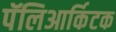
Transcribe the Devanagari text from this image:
पॅलिआर्किटक